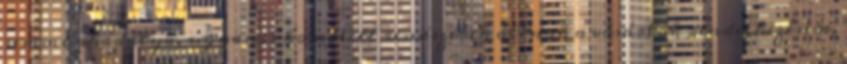
semmi akadálya, ugyanis komplett rendszerek állnak a vásárlók rendelkezésére,